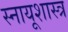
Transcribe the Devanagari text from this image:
स्नायूशास्त्र